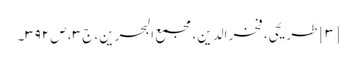
[۳] طریحی، فخر الدین، مجمع البحرین، ج ۳، ص ۳۹۲۔